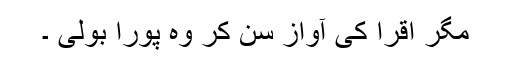
مگر اقرا کی آواز سن کر وہ پورا بولی ۔